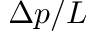
\Delta p / L